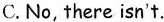
C. No, there isn't.